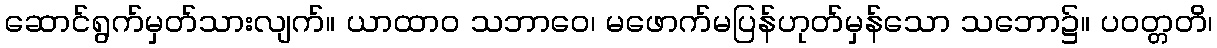
ဆောင်ရွက်မှတ်သားလျက်။ ယာထာဝ သဘာဝေ၊ မဖောက်မပြန်ဟုတ်မှန်သော သဘော၌။ ပဝတ္တတိ၊